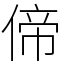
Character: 偙